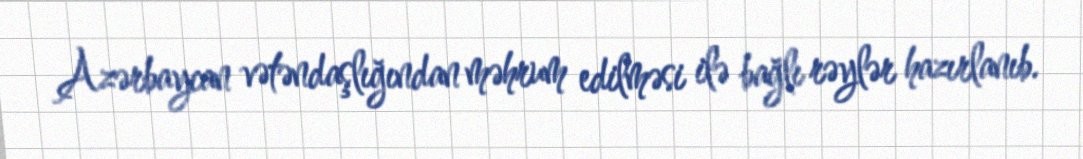
Azərbaycan vətəndaşlığından məhrum edilməsi ilə bağlı rəylər hazırlanıb.